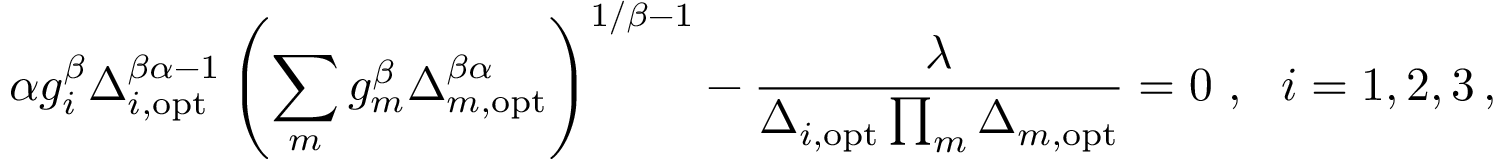
\alpha g _ { i } ^ { \beta } \Delta _ { i , \mathrm { o p t } } ^ { \beta \alpha - 1 } \left( \sum _ { m } g _ { m } ^ { \beta } \Delta _ { m , \mathrm { o p t } } ^ { \beta \alpha } \right) ^ { 1 / \beta - 1 } - \frac { \lambda } { \Delta _ { i , \mathrm { o p t } } \prod _ { m } \Delta _ { m , \mathrm { o p t } } } = 0 \ , \ \ i = 1 , 2 , 3 \, ,